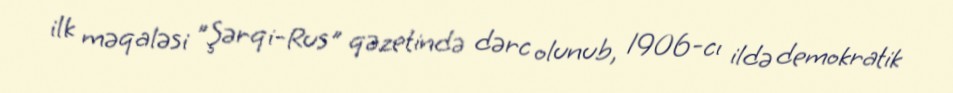
ilk məqaləsi "Şərqi-Rus" qəzetində dərc olunub, 1906-cı ildə demokratik